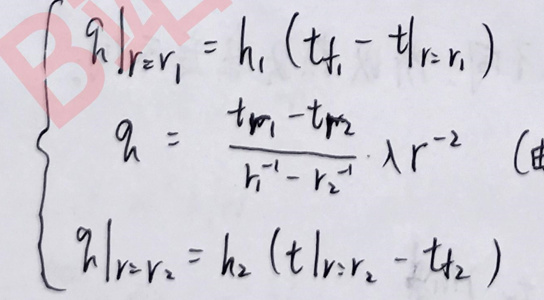
\[
\begin{cases}
\left.q\right|_{r = r_1} = h_1 (t_{f_1} - t\left|_{r = r_1}\right.) \\
q = \frac{t\left|_{r_1}-t\right|_{r_2}}{h_1^{-1}-r_2^{-1}}\lambda r^{-2} \\
\left.q\right|_{r = r_2} = h_2 (t\left|_{r = r_2}-t_{f_2}\right.)
\end{cases}
\]